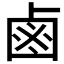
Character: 鹵